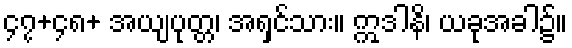
၄၇+၄၈+ အယျပုတ္တ၊ အရှင်သား။ ဣဒါနိ၊ ယခုအခါ၌။